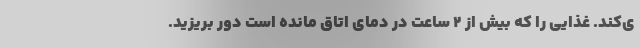
ی‌کند. غذایی را که بیش از ۲ ساعت در دمای اتاق مانده است دور بریزید.